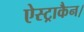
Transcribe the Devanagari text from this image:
ऐस्ट्राकैन।